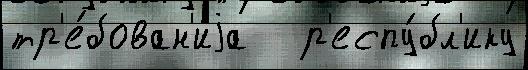
тр'е́бован'иjа   р'еспу́бл'ику